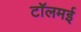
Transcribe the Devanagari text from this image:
टॉलमई